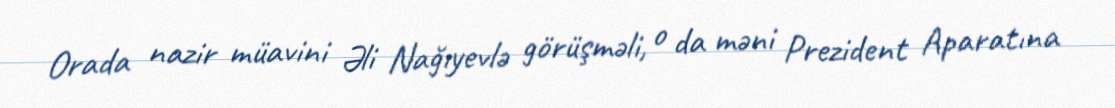
Orada nazir müavini Əli Nağıyevlə görüşməli, o da məni Prezident Aparatına